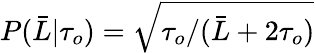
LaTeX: P(\bar{L}\vert\tau_{o})=\sqrt{\tau_{o}/(\bar{L}+2\tau_{o})}